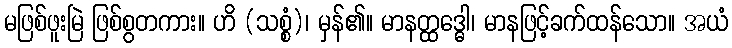
မဖြစ်ဖူးမြဲ ဖြစ်စွတကား။ ဟိ (သစ္စံ)၊ မှန်၏။ မာနတ္ထဒ္ဓေါ၊ မာနဖြင့်ခက်ထန်သော။ အယံ